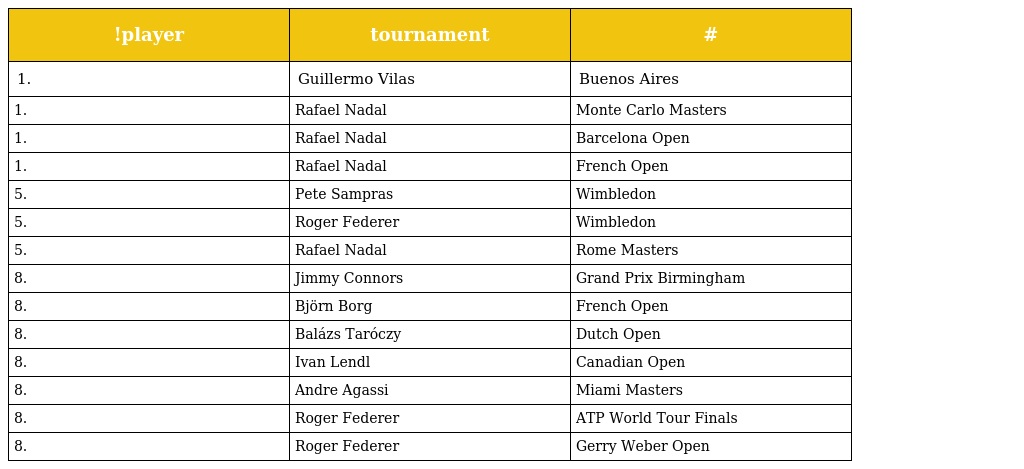
| !player | tournament | # |
 | --- | --- | --- |
 | 1. | Guillermo Vilas | Buenos Aires |
 | 1. | Rafael Nadal | Monte Carlo Masters |
 | 1. | Rafael Nadal | Barcelona Open |
 | 1. | Rafael Nadal | French Open |
 | 5. | Pete Sampras | Wimbledon |
 | 5. | Roger Federer | Wimbledon |
 | 5. | Rafael Nadal | Rome Masters |
 | 8. | Jimmy Connors | Grand Prix Birmingham |
 | 8. | Björn Borg | French Open |
 | 8. | Balázs Taróczy | Dutch Open |
 | 8. | Ivan Lendl | Canadian Open |
 | 8. | Andre Agassi | Miami Masters |
 | 8. | Roger Federer | ATP World Tour Finals |
 | 8. | Roger Federer | Gerry Weber Open |